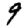
Digit: 9